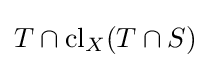
T\cap \operatorname {cl} _{X}(T\cap S)